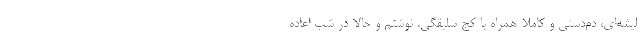
لیشه‌ای، دم‌دستی و کاملاً همراه با کج سلیقگی. نوشتم و حالا در شب اعاده